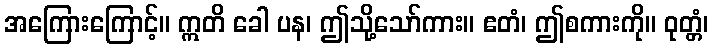
အကြေားကြောင့်။ ဣတိ ခေါ ပန၊ ဤသို့သော်ကား။ ဧတံ၊ ဤစကားကို။ ဝုတ္တံ၊